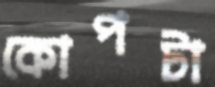
কোপটা